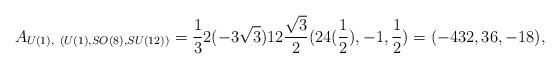
LaTeX: \begin{align*}A_{U(1),~(U(1), SO(8), SU(12))} = \frac{1}{3}2(-3\sqrt{3})12\frac{\sqrt{3}}{2}(24(\frac{1}{2}), -1, \frac{1}{2})=(-432, 36, -18),\end{align*}